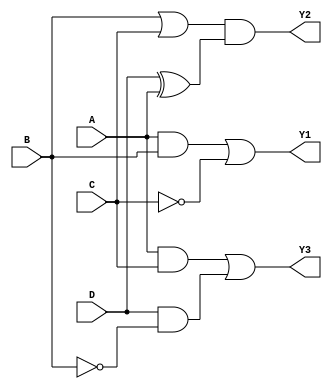
module combinational_logic_blocks (
    input wire A,    // Input signal A
    input wire B,    // Input signal B
    input wire C,    // Input signal C
    input wire D,    // Input signal D
    output wire Y1,  // Output from Group 1
    output wire Y2,  // Output from Group 2
    output wire Y3   // Output from Group 3
);

// Group 1: Logic operation using A, B, and C
// Example: Y1 = (A AND B) OR (NOT C)
wire group1_and;
wire group1_not;

assign group1_and = A & B;
assign group1_not = ~C;
assign Y1 = group1_and | group1_not; // Output of Group 1

// Group 2: Logic operation using B, C, and D (overlapping with Group 1 on B and C)
// Example: Y2 = (B OR C) AND (D XOR A)
wire group2_or;
wire group2_xor;

assign group2_or = B | C;
assign group2_xor = D ^ A;
assign Y2 = group2_or & group2_xor; // Output of Group 2

// Group 3: Logic operation using A, C, and D (overlapping with Group 1 on A and Group 2 on C)
// Example: Y3 = (A AND C) OR (D AND NOT B)
wire group3_and_ac;
wire group3_and_d_not_b;

assign group3_and_ac = A & C;
assign group3_and_d_not_b = D & ~B;
assign Y3 = group3_and_ac | group3_and_d_not_b; // Output of Group 3

endmodule